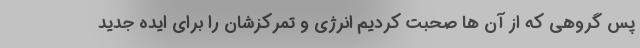
پس گروهی که از آن ها صحبت کردیم انرژی و تمرکزشان را برای ایده جدید